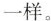
一样。